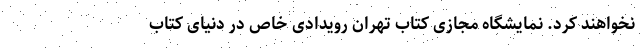
نخواهند کرد. نمایشگاه مجازی کتاب تهران رویدادی خاص در دنیای کتاب